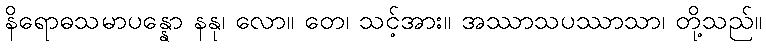
နိရောဓသမာပန္နော နနု၊ လော။ တေ၊ သင့်အား။ အဿာသပဿာသာ၊ တို့သည်။